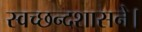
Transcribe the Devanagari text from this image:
स्वच्छन्दशासने।